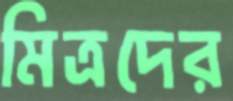
মিত্রদের